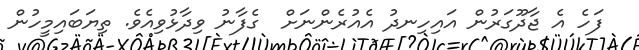
ފަހެ އެ ޖާދޫގަރުން އައިހިނދު އެއުރެންނަށް  ގެފާނު ވިދާޅުވިއެވެ. ތިޔަބައިމީހުން